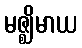
မဇ္ဈိမာယ